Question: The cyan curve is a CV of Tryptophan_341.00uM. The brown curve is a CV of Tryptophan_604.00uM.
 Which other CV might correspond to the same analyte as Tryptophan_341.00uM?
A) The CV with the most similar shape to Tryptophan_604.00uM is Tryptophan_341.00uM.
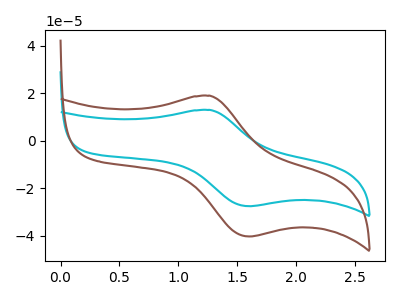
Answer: <think>The cyan curve "Tryptophan_341.00uM" has an anodic peak at (1.25V, 12.95uA) and a cathodic peak at (1.60V, -27.60uA). The brown curve "Tryptophan_604.00uM" has an anodic peak at (1.25V, 18.95uA) and a cathodic peak at (1.60V, -40.35uA).
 All the peaks in "Tryptophan_341.00uM" have a peak in "Tryptophan_604.00uM" at the same potential. Every peak in "Tryptophan_341.00uM" is lower than every peak in "Tryptophan_604.00uM".</think>
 <answer>A) The CV with the most similar shape to "Tryptophan_604.00uM" is "Tryptophan_341.00uM".</answer>
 <eval>A</eval>